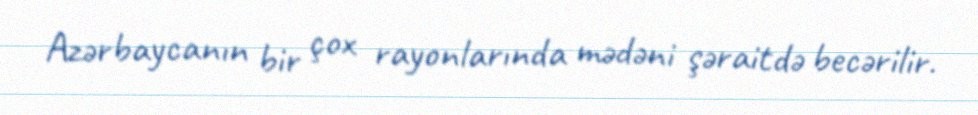
Azərbaycanın bir çox rayonlarında mədəni şəraitdə becərilir.